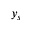
y _ { s }